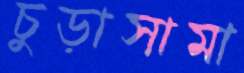
চুড়াসামা